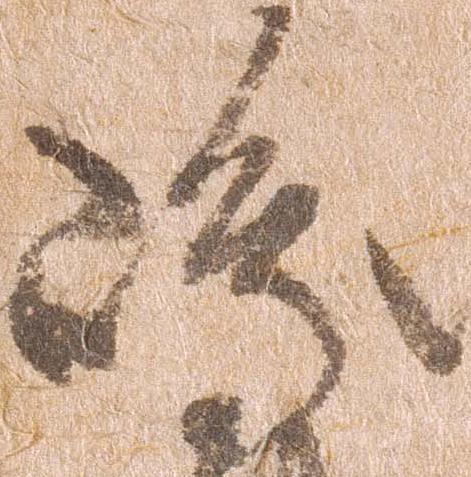
嶋